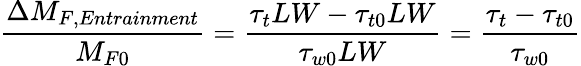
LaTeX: \frac{\Delta M_{F,Entrainment}}{M_{F0}}=\frac{\tau_{t}LW-\tau_{t0}LW}{\tau_{w0}LW}=\frac{\tau_{t}-\tau_{t0}}{\tau_{w0}}